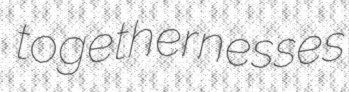
togethernesses